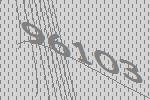
96103